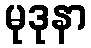
မုဒုနာ